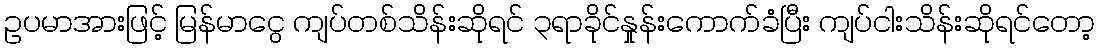
ဥပမာအားဖြင့် မြန်မာငွေ ကျပ်တစ်သိန်းဆိုရင် ၃ရာခိုင်နှုန်းကောက်ခံပြီး ကျပ်ငါးသိန်းဆိုရင်တော့